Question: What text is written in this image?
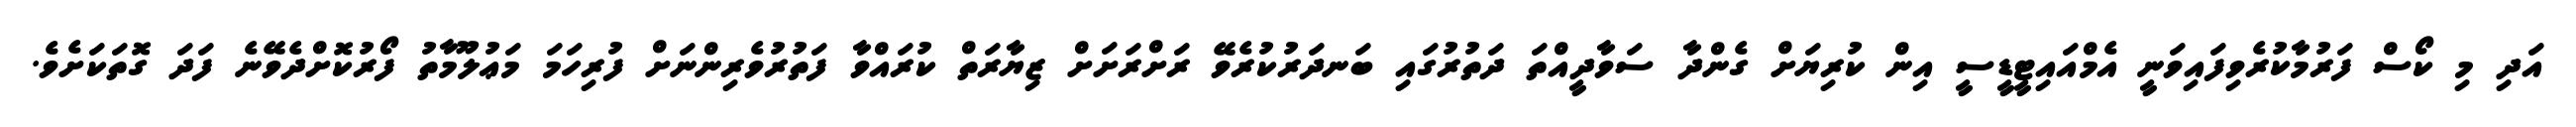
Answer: އަދި މި ކޯސް ފަރުމާކުރެވިފައިވަނީ އެމްއައިޓީޑީސީ އިން ކުރިޔަށް ގެންދާ ސަވާދީއްތަ ދަތުރުގައި ބަނދަރުކުރެވޭ ރަށްރަށަށް ޒިޔާރަތް ކުރައްވާ ފަތުރުވެރިންނަށް ފުރިހަމަ މަޢުލޫމާތު ފޯރުކޮށްދެވޭނެ ފަދަ ގޮތަކަށެވެ.